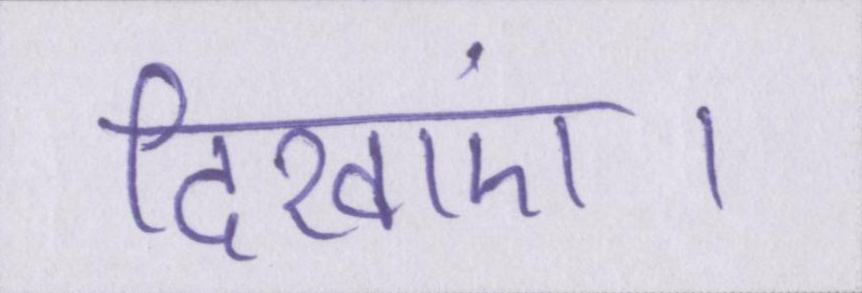
दिखाएं।